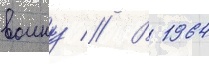
воину // В 1964